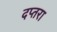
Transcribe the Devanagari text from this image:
दप्तरा